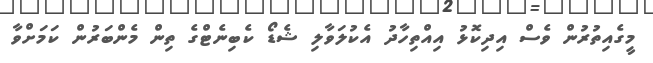
މީގެއިތުރުން ވެސް އިދިކޮޅު އިއްތިހާދު އެކުލަވާލި ޝެޑޯ ކެބިނެޓްގެ ތިން މެންބަރުން ކަމަށްވާ